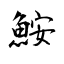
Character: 鮟